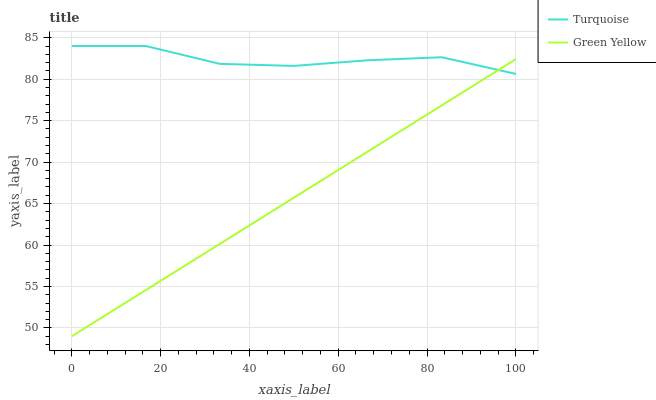
| xaxis_label | Turquoise | Green Yellow |
 | --- | --- | --- |
 | 0 | 84 | 49 |
 | 16.7 | 84 | 54.6 |
 | 33.3 | 81.8 | 60.1 |
 | 50 | 81.6 | 65.7 |
 | 66.7 | 82.3 | 71.3 |
 | 83.3 | 82.6 | 76.8 |
 | 100 | 80.6 | 82.4 |